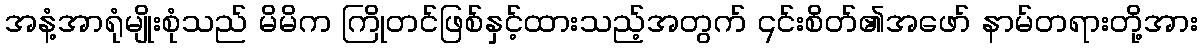
အနံ့အာရုံမျိုးစုံသည် မိမိက ကြိုတင်ဖြစ်နှင့်ထားသည့်အတွက် ၎င်းစိတ်၏အဖော် နာမ်တရားတို့အား